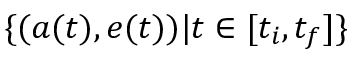
\{ ( a ( t ) , e ( t ) ) | t \in [ t _ { i } , t _ { f } ] \}